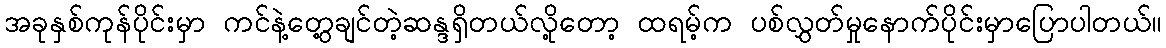
အခုနှစ်ကုန်ပိုင်းမှာ ကင်နဲ့တွေ့ချင်တဲ့ဆန္ဒရှိတယ်လို့တော့ ထရမ့်က ပစ်လွှတ်မှုနောက်ပိုင်းမှာပြောပါတယ်။